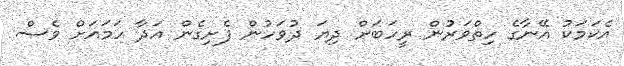
އެކަމަކު އޭނާގެ ހިތްވަރުން ރީހަބަށް ދިޔަ ދުވަހުން ފެށިގެން އަދާ ހަމައަށް ވެސް